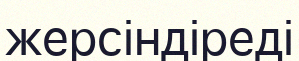
жерсіндіреді